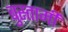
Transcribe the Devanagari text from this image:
बुस्तामी